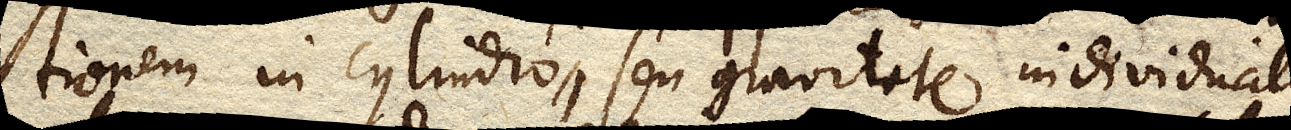
tionem in cylindro, seu gravitate individuali,